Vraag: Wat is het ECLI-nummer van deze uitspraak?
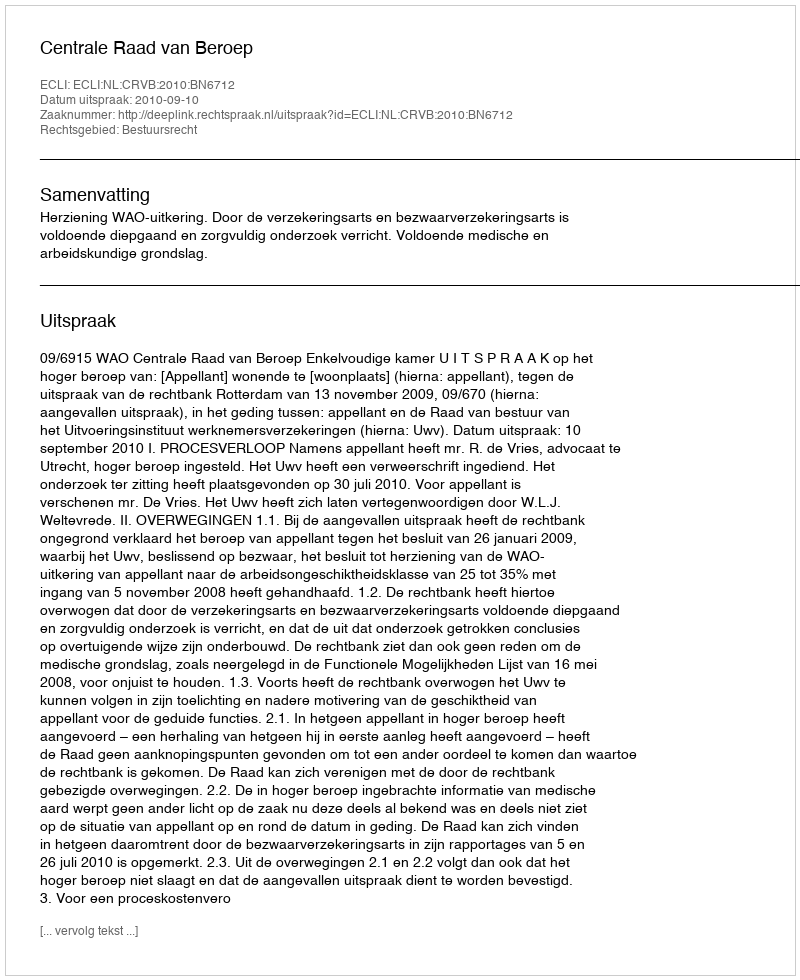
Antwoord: ECLI:NL:CRVB:2010:BN6712